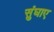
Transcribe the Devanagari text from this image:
सुंघाए